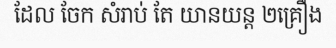
ដែល ចែក សំរាប់ តែ យានយន្ត ២គ្រឿង